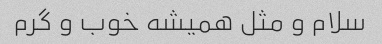
سلام و مثل همیشه خوب و گرم